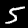
Label: 5